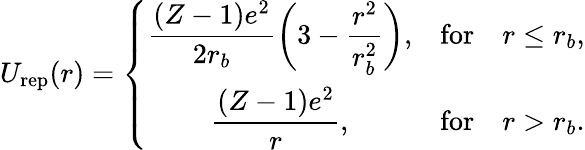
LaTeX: U_{\mathrm{rep}}(r)=\left\{ \begin{array}{ccc}{\displaystyle\frac{(Z-1)e^{2}}{2r_{b}}\bigg(3-\frac{r^{2}}{r_{b}^{2}}\bigg),}&{\mathrm{for}}&{r\leq r_{b},}\\ {\displaystyle\frac{(Z-1)e^{2}}{r},}&{\mathrm{for}}&{r>r_{b}.}\end{array}\right.